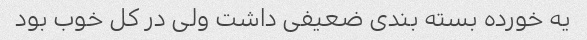
یه خورده بسته بندی ضعیفی داشت ولی در کل خوب بود